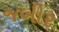
જબીર